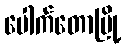
ပေါက်တောမြို့